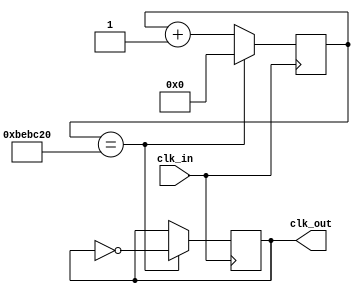
module clk_div(input clk_in, output reg clk_out);
    reg[25:0] count=0;
    always @(posedge clk_in) begin
        count<=count+1;
    if(count==12500000)begin 
        count<=0;
        clk_out=~clk_out;
    end
    end
endmodule